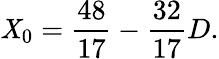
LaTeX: \mathit{X}_{0}={\frac{{48}}{{17}}}-{\frac{{32}}{{17}}}D.